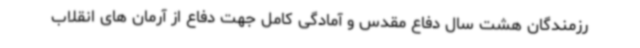
رزمندگان هشت سال دفاع مقدس و آمادگی کامل جهت دفاع از آرمان های انقلاب